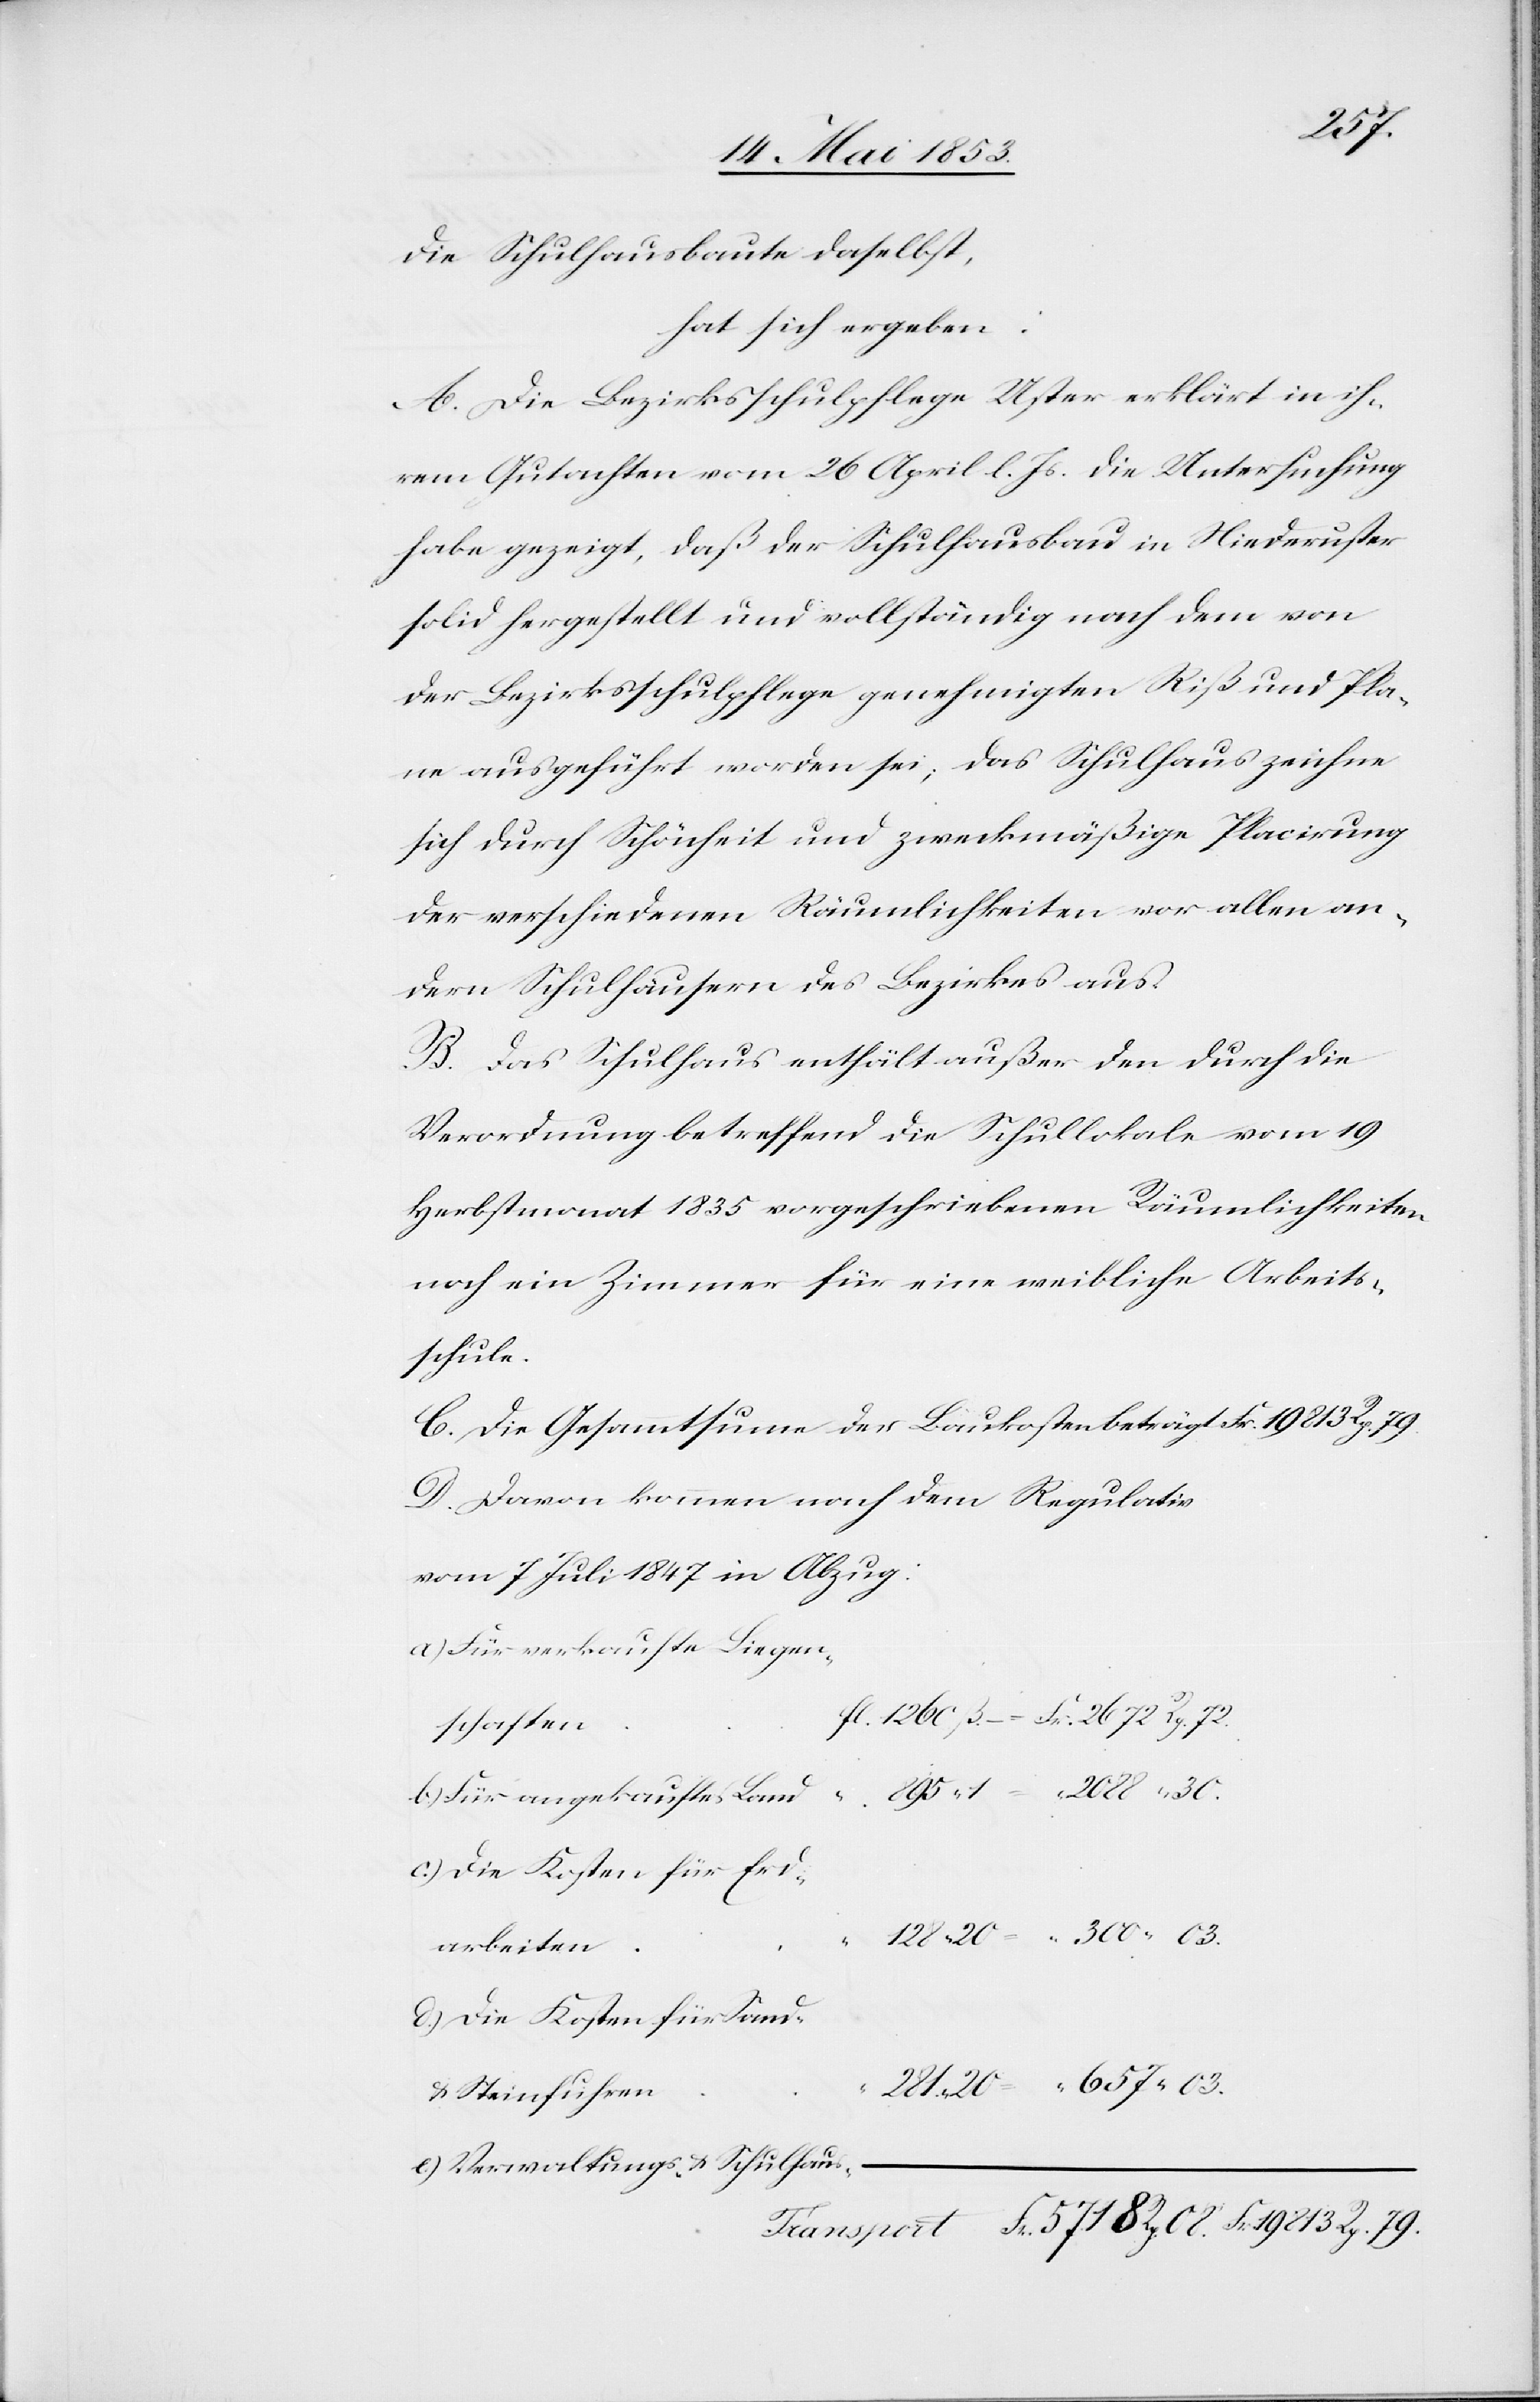
–

657.
die Schulhausbaute daselbst,
hat sich ergeben:
A. Die Bezirksschulpflege Uster erklärt in ih¬
rem Gutachten vom 26 April l. Js. die Untersuchung
habe gezeigt, daß der Schulhausbau in Niederuster
solid hergestellt und vollständig nach dem von
der Bezirksschulpflege genehmigten Riß und Pla¬
ne ausgeführt worden sei; das Schulhaus zeichne
sich durch Schönheit und zweckmäßige Placirung
der verschiedenen Räumlichkeiten vor allen an¬
dern Schulhäusern des Bezirkes aus.
B. Das Schulhaus enthält außer den durch die
Verordnung betreffend die Schullokale vom 19
Herbstmonat 1835 vorgeschriebenen Räumlichkeiten
noch ein Zimmer für eine weibliche Arbeits¬
schafte¬
C. Die Gesammtsumme der Baukosten beträgt.				Frk.
D. Davon kommen nach dem Regulativ
vom 7 Juli 1847 in Abzug:
a) Für verkaufte Liegen¬
n	fl. 1260 ß. – Fr. 2672. Rp. 72
b) Für angekauftes
u.
d) Die Kosten für Sand-
e) Verwaltungs- u. Schulhaus-
Transport Fr. 5718 Rp. 08. Fr. 19813 Rp. 79